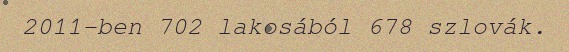
2011-ben 702 lakosából 678 szlovák.